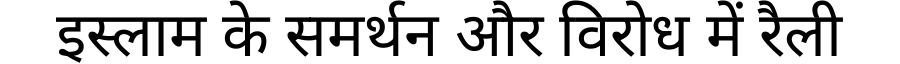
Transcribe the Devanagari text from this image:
इस्लाम के समर्थन और विरोध में रैली